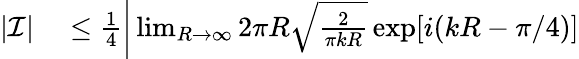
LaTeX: \begin{array}{rl}{|\mathcal{I}|}&{{}\le\frac{1}{4}\bigg|\operatorname*{lim}_{R\to\infty}2\pi R\sqrt{\frac{2}{\pi kR}}\exp[i(kR-\pi/4)]}\end{array}